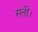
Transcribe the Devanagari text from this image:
सतीं।